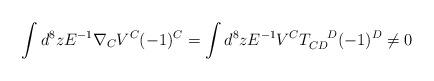
LaTeX: \begin{align*}\int d^8zE^{-1} \nabla_{C}V^{C}(-1)^C = \int d^8zE^{-1}V^{C}T_{CD}^{\quad D}(-1)^{D} \neq 0\end{align*}